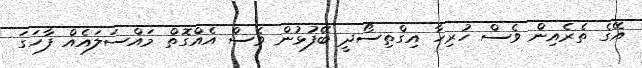
އޭގެ ތެރެއިން ވެސް ހުރިހާ އިގްތިސޯދީ ބޭފުޅުން ވެސް އެއްގޮތް މައްސަލައެއް ފާހަގަ